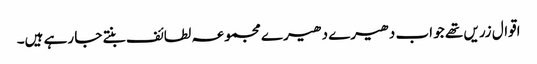
اقوال زریں تھے جو اب دھیرے دھیرے مجموعہ لطائف بنتے جا رہے ہیں۔